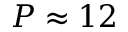
P \approx 1 2